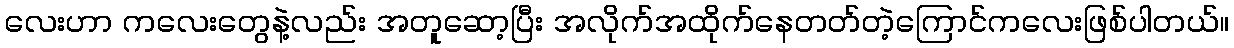
လေးဟာ ကလေးတွေနဲ့လည်း အတူဆော့ပြီး အလိုက်အထိုက်နေတတ်တဲ့ကြောင်ကလေးဖြစ်ပါတယ်။